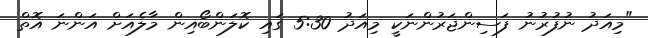
"މިއަދު ނުފުރުނު ފަސިންޖަރުންނަކީ މިއަދު 5:30 ގައި ކޮލަންބޯއިން މާލެއަށް އަންނަ އޮތް